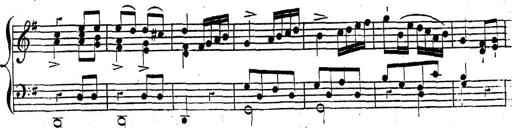
Title: Nouvelle Sonatine facile et agrÃ©able
Composer: Ignaz Moscheles
Key: G major